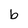
Character: b